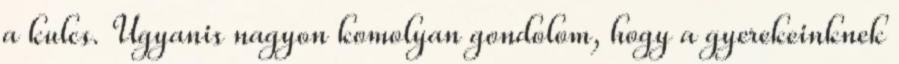
a kulcs. Ugyanis nagyon komolyan gondolom, hogy a gyerekeinknek